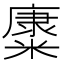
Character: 𱹜